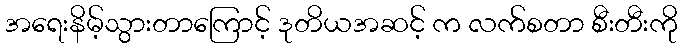
အရေးနိမ့်သွားတာကြောင့် ဒုတိယအဆင့် က လက်စတာ စီးတီးကို